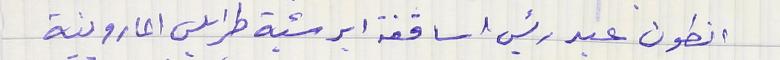
انطون عبد رئيس اساقفة ابرشية طرابلس المارونية